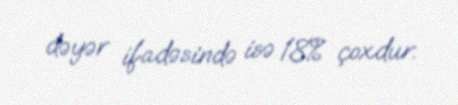
dəyər ifadəsində isə 18% çoxdur.